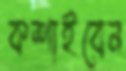
কশাইবেন